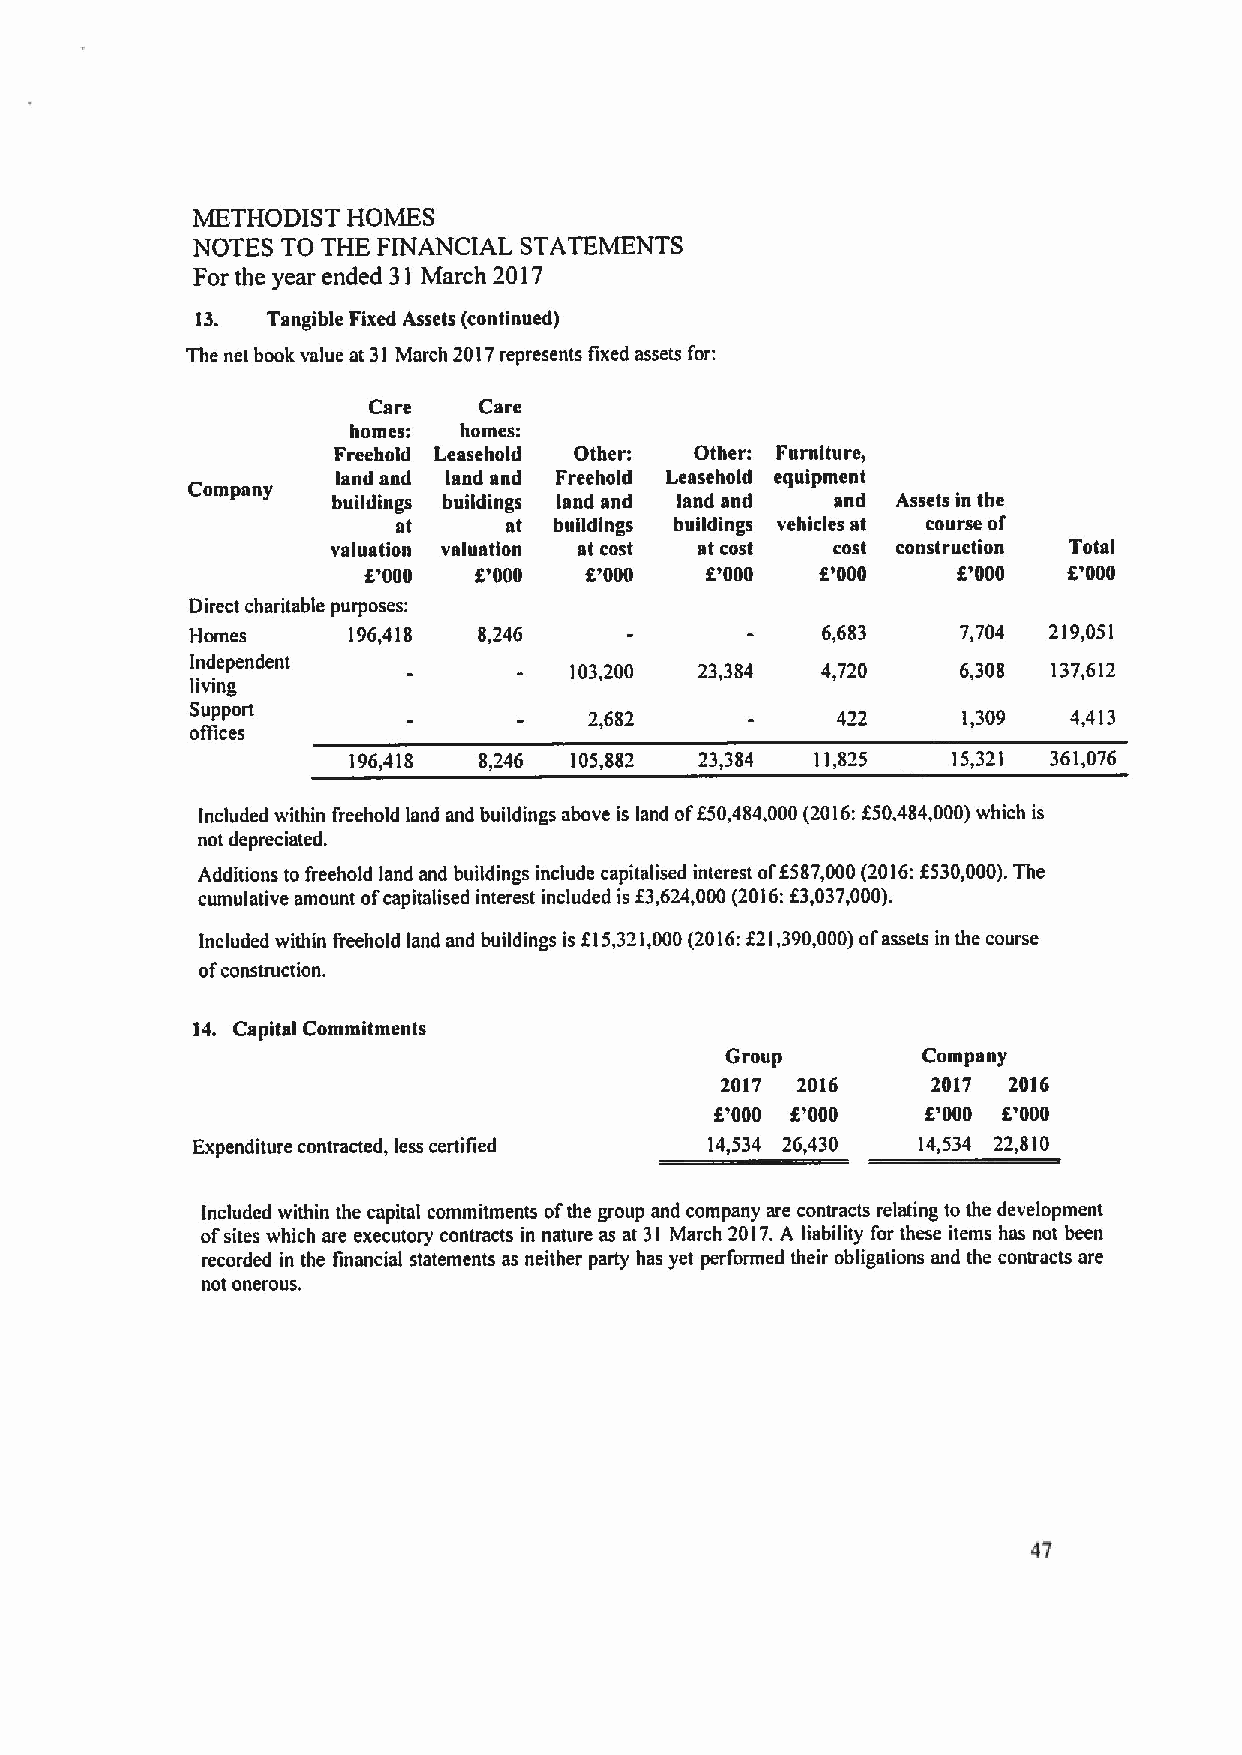
METHODIST HOMES
 NOTES TO THE FINANCIAL STATEMENTS
 For the year ended 31 March 2017
 13.  Tangible Fixed Assets (continued)
 The net book value at 31 March 2017represents fixed assets for:
 Care    Care
 homes: homes:
 Freehold Leasehold Other: Other: Furniture,
 land and land and Freehold Leasehold equipment
 Company
 buildings buildings land and land and and Assets in the
 at     at  buildings buildings vehicles at course of
 valuation valuation at cost at cost cost construction Total
 f '000 f'000   K'000   K'000  f'000    8'000   K'000
 Direct charitable purposes:
 Homes     196,418  8,246                 6,683     7,704 219,051
 Independent              103,200 23,384  4,720     6,308 137,612
 living
 Support                   2,682           422      1,309  4,413
 offices
 196,418  8,246 105,882 23,384  11,825   15,321 361,076
 Included within freehold land and buildings above is land off50,484,000(2016:f50,484,000)which is
 not depreciated.
 Additions to freehold land and buildings include capitalised interest of6587,000(2016:f530,000).The
 cumulative amount ofcapitalised interest included is 83624 000(2016:f 3037000).
 Included within freehold land and buildings is f15,321,000(2016:f21,390,000)ofassets in the course
 ofconstruction.
 14. Capital Commitments
 Group        Company
 2017 2016     2017 2016
 f'000 8'000   f'000 8'000
 Expenditure contracted, less certified 14,534 26,430 14,534 22,810
 Included within the capital commitments ofthe group and company are contracts relating to the development
 ofsites which are executory contracts in nature as at 31 March 2017.A liability for these items has not been
 recorded in the financial statements as neither party has yet performed their obligations and the contracts are
 not onerous,
 47